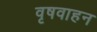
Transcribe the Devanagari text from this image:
वृषवाहन